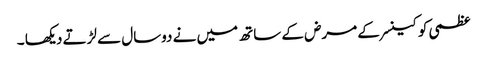
عظمی کو کینسر کے مرض کے ساتھ میں نے دوسال سے لڑتے دیکھا ۔